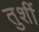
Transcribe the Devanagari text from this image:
तुशीं